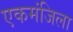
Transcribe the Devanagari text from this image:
एकमंजिला